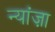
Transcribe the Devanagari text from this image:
न्यांज़ा